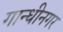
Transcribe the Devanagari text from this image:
गान्धीनगर